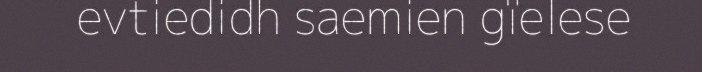
evtiedidh saemien gïelese